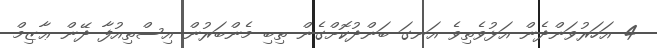
4 އަހަރުވަންދެން އަޅުވެތިވެ އަނގަ ބަންދުކޮށްގެން ތިބި މެންބަރުން އިސްތިއުފާ ދޭން ޢާޒިމް